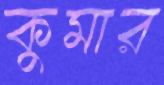
কুমার